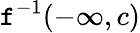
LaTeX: \mathtt{f}^{-1}(-\infty,c)